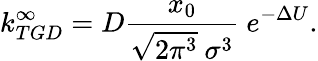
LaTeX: k_{TGD}^{\infty}=D\frac{x_{0}}{\sqrt{2\pi^{3}}\ \sigma^{3}}\ e^{-\Delta U}.